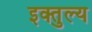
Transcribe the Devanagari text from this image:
इक्तुल्य